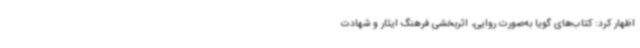
اظهار کرد: کتاب‌های گویا به‌صورت روایی، اثربخشی فرهنگ ایثار و شهادت